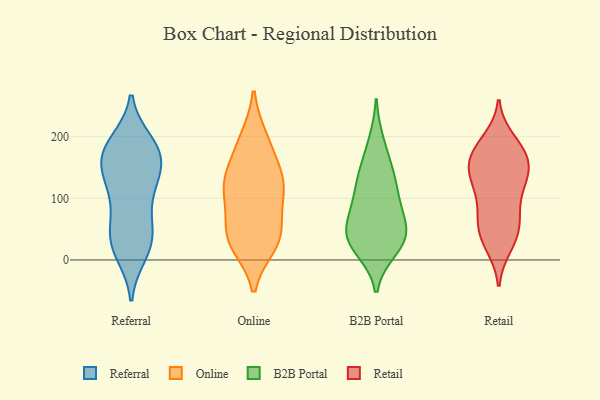
{"axis": {"x": "Net Income (USD K)", "y": "Value"}, "legend": ["B2B Portal", "Online", "Referral", "Retail"], "data": [{"x": "", "y": 131, "type": "Referral"}, {"x": "", "y": 53, "type": "Referral"}, {"x": "", "y": 164, "type": "Referral"}, {"x": "", "y": 83, "type": "Referral"}, {"x": "", "y": 45, "type": "Referral"}, {"x": "", "y": 173, "type": "Referral"}, {"x": "", "y": 168, "type": "Referral"}, {"x": "", "y": 183, "type": "Referral"}, {"x": "", "y": 22, "type": "Referral"}, {"x": "", "y": 20, "type": "Referral"}, {"x": "", "y": 105, "type": "Referral"}, {"x": "", "y": 186, "type": "Referral"}, {"x": "", "y": 190, "type": "Referral"}, {"x": "", "y": 130, "type": "Referral"}, {"x": "", "y": 11, "type": "Referral"}, {"x": "", "y": 158, "type": "Referral"}, {"x": "", "y": 37, "type": "Referral"}, {"x": "", "y": 132, "type": "Referral"}, {"x": "", "y": 134, "type": "Online"}, {"x": "", "y": 197, "type": "Online"}, {"x": "", "y": 191, "type": "Online"}, {"x": "", "y": 51, "type": "Online"}, {"x": "", "y": 96, "type": "Online"}, {"x": "", "y": 114, "type": "Online"}, {"x": "", "y": 30, "type": "Online"}, {"x": "", "y": 151, "type": "Online"}, {"x": "", "y": 46, "type": "Online"}, {"x": "", "y": 31, "type": "Online"}, {"x": "", "y": 25, "type": "Online"}, {"x": "", "y": 113, "type": "Online"}, {"x": "", "y": 126, "type": "Online"}, {"x": "", "y": 43, "type": "B2B Portal"}, {"x": "", "y": 126, "type": "B2B Portal"}, {"x": "", "y": 45, "type": "B2B Portal"}, {"x": "", "y": 102, "type": "B2B Portal"}, {"x": "", "y": 38, "type": "B2B Portal"}, {"x": "", "y": 132, "type": "B2B Portal"}, {"x": "", "y": 78, "type": "B2B Portal"}, {"x": "", "y": 81, "type": "B2B Portal"}, {"x": "", "y": 18, "type": "B2B Portal"}, {"x": "", "y": 37, "type": "B2B Portal"}, {"x": "", "y": 191, "type": "B2B Portal"}, {"x": "", "y": 154, "type": "B2B Portal"}, {"x": "", "y": 25, "type": "B2B Portal"}, {"x": "", "y": 182, "type": "Retail"}, {"x": "", "y": 149, "type": "Retail"}, {"x": "", "y": 154, "type": "Retail"}, {"x": "", "y": 68, "type": "Retail"}, {"x": "", "y": 57, "type": "Retail"}, {"x": "", "y": 106, "type": "Retail"}, {"x": "", "y": 72, "type": "Retail"}, {"x": "", "y": 29, "type": "Retail"}, {"x": "", "y": 112, "type": "Retail"}, {"x": "", "y": 194, "type": "Retail"}, {"x": "", "y": 162, "type": "Retail"}, {"x": "", "y": 121, "type": "Retail"}, {"x": "", "y": 135, "type": "Retail"}, {"x": "", "y": 175, "type": "Retail"}, {"x": "", "y": 183, "type": "Retail"}, {"x": "", "y": 137, "type": "Retail"}, {"x": "", "y": 59, "type": "Retail"}, {"x": "", "y": 23, "type": "Retail"}, {"x": "", "y": 155, "type": "Retail"}, {"x": "", "y": 36, "type": "Retail"}]}